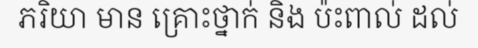
ភរិយា មាន គ្រោះថ្នាក់ និង ប៉ះពាល់ ដល់